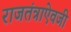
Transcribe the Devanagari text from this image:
राजतंत्राऐवजी